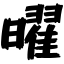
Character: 曜